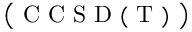
\big ( \mathrm { ~ C ~ C ~ S ~ D ~ ( ~ T ~ ) ~ } \big )